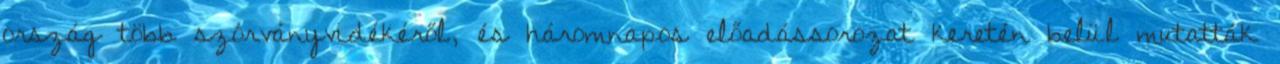
ország több szórványvidékéről, és háromnapos előadássorozat keretén belül mutatták